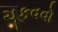
ચૂકવવો